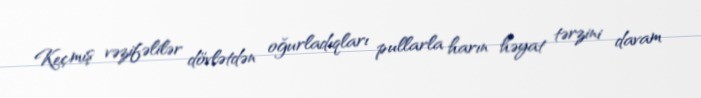
Keçmiş vəzifəlilər dövlətdən oğurladıqları pullarla harın həyat tərzini davam